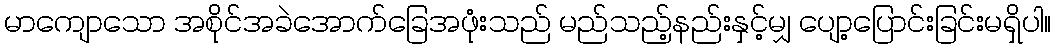
မာကျောသော အစိုင်အခဲအောက်ခြေအဖုံးသည် မည်သည့်နည်းနှင့်မျှ ပျော့ပြောင်းခြင်းမရှိပါ။